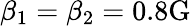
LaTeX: \beta_{1}=\beta_{2}=0.8\mathrm{G}